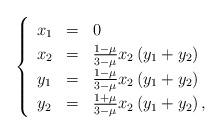
LaTeX: \begin{align*}\begin{cases}\begin{array}{ccl}x_{1} & = & 0\\x_{2} & = & \frac{1-\mu}{3-\mu}x_{2}\left(y_{1}+y_{2}\right)\\y_{1} & = & \frac{1-\mu}{3-\mu}x_{2}\left(y_{1}+y_{2}\right)\\y_{2} & = & \frac{1+\mu}{3-\mu}x_{2}\left(y_{1}+y_{2}\right),\end{array}\end{cases}\end{align*}